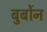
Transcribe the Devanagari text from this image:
बुर्बोन